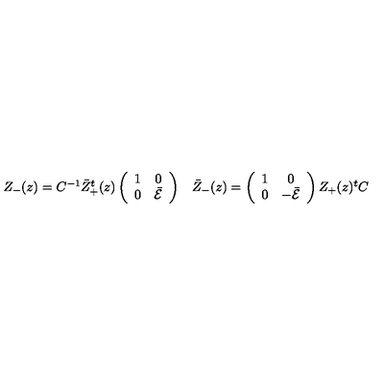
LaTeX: \begin{array} { c c } { Z _ { - } ( z ) = C ^ { - 1 } \bar { Z } _ { + } ^ { t } ( z ) \left( \begin{array} { c c } { 1 } & { 0 } \\ { 0 } & { \bar { \cal E } } \\ \end{array} \right) } & { \bar { Z } _ { - } ( z ) = \left( \begin{array} { c c } { 1 } & { 0 } \\ { 0 } & { - \bar { \cal E } } \\ \end{array} \right) Z _ { + } ( z ) { } ^ { t } C } \\ \end{array}